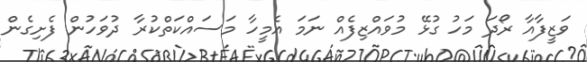
ވަޒީފާއާ ރޯދަ މަހު ގުޅޭ މުވައްޒިފެއް ނަމަ އެމީހާ މަސައްކަތްކުރާ ދުވަހުން ފެށިގެން